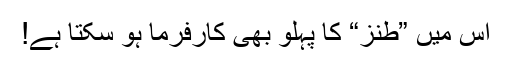
اس میں ”طنز“ کا پہلو بھی کارفرما ہو سکتا ہے!